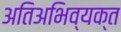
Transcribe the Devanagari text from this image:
अतिअभिव्यक्त